Problem: 50 + 26 = ?
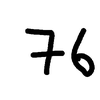
Handwritten answer: 76